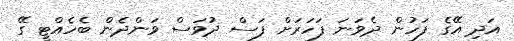
އަދި އޭގެ ފަހުން ދެވަނަ ފަހަރަށް ފަސް ދުވަސް ވަންދެން ބެހެއްޓީ ގޭ